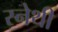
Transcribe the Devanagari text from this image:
स्नेथी